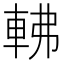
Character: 𨋥